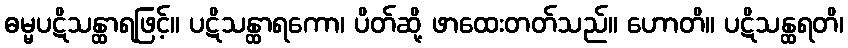
ဓမ္မပဋိသန္ထာရဖြင့်။ ပဋိသန္ထာရကော၊ ပိတ်ဆို့ ဖာထေးတတ်သည်။ ဟောတိ။ ပဋိသန္ထရတိ၊